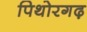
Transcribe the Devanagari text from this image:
पिथोरगढ़